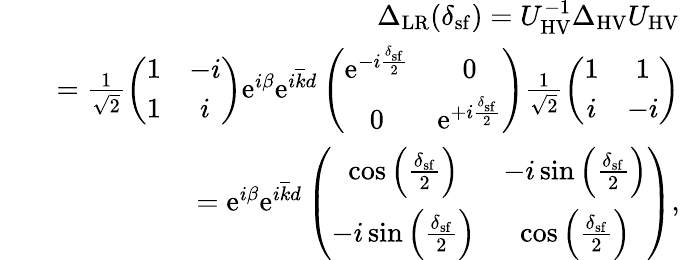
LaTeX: \begin{array}{rlr}&{}&{\Delta_{\mathrm{LR}}(\delta_{\mathrm{sf}})=U_{\mathrm{HV}}^{-1}\Delta_{\mathrm{HV}}U_{\mathrm{HV}}}\\ &{}&{=\frac{1}{\sqrt{2}}\left(\begin{array}{cc}{1}&{-i}\\ {1}&{i}\end{array}\right)\mathrm{e}^{i\beta}\mathrm{e}^{i\overline{{k}}d}\left(\begin{array}{cc}{\mathrm{e}^{-i\frac{\delta_{\mathrm{sf}}}{2}}}&{0}\\ {0}&{\mathrm{e}^{+i\frac{\delta_{\mathrm{sf}}}{2}}}\end{array}\right)\frac{1}{\sqrt{2}}\left(\begin{array}{cc}{1}&{1}\\ {i}&{-i}\end{array}\right)}\\ &{}&{=\mathrm{e}^{i\beta}\mathrm{e}^{i\overline{{k}}d}\left(\begin{array}{cc}{\cos\left(\frac{\delta_{\mathrm{sf}}}{2}\right)}&{-i\sin\left(\frac{\delta_{\mathrm{sf}}}{2}\right)}\\ {-i\sin\left(\frac{\delta_{\mathrm{sf}}}{2}\right)}&{\cos\left(\frac{\delta_{\mathrm{sf}}}{2}\right)}\end{array}\right),}\end{array}